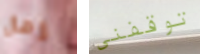
رمال توقفني